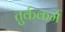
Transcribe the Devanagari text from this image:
तुर्ककर्म